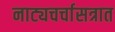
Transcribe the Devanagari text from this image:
नाट्यचर्चासत्रात